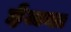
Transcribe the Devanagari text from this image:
ईजवा